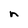
Character: n